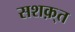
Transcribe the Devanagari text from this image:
सशक़्त